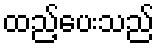
ထည့်ပေးသည်